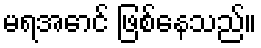
မရအောင် ဖြစ်နေသည်။